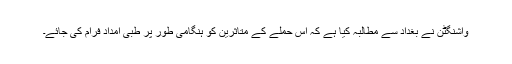
واشنگٹن نے بغداد سے مطالبہ کیا ہے کہ اس حملے کے متاثرین کو ہنگامی طور پر طبی امداد فرام کی جائے۔